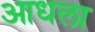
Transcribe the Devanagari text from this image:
आधला